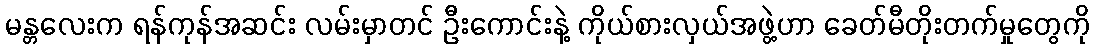
မန္တလေးက ရန်ကုန်အဆင်း လမ်းမှာတင် ဦးကောင်းနဲ့ ကိုယ်စားလှယ်အဖွဲ့ဟာ ခေတ်မီတိုးတက်မှုတွေကို